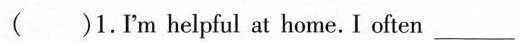
( )1.Im helpful at home. I often ___